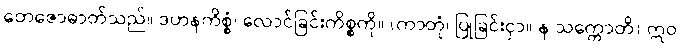
တေဇောဓာတ်သည်။ ဒဟနကိစ္စံ၊ လောင်ခြင်းကိစ္စကို။ (ကာတုံ၊ ပြုခြင်းငှာ။ န သက္ကောတိ) ဣဝ၊